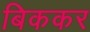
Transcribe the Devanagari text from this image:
बिककर